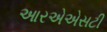
આરએએસટી